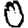
Digit: 0